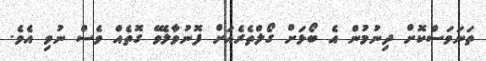
ތަނަވަސްކޮށް ދިނުމުން އެ ބޯޅަށް ގޯލްތެރެއަށް ފޮނުވާލެވޭ ގޮތެއް ވެސް ނުވި އެވެ.